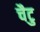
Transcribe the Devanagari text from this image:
चैटु